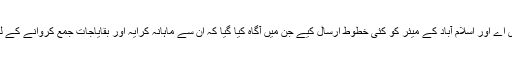
مذکورہ ہوٹل کی انتظامیہ نے چیئرمین سی ڈی اے اور اسلام آباد کے میئر کو کئی خطوط ارسال کیے جن میں آگاہ کیا گیا کہ ان سے ماہانہ کرایہ اور بقایاجات جمع کروانے کے لیے جی ایچ کیو براہ راست رابطہ کر رہا ہے۔